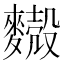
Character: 𪍥